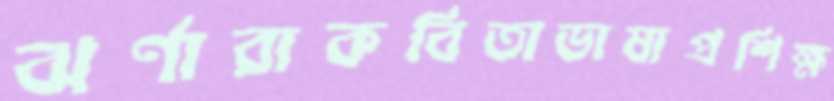
ঝর্ণারাকবিতাভাষাপ্রশিক্ষ